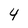
Character: 4